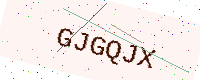
Text: GJGQJX